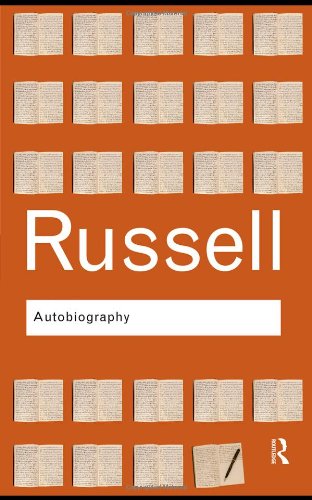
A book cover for Autobiography (Routledge Classics); Bertrand Russell; Biographies & Memoirs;